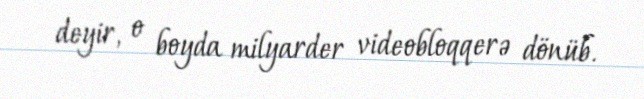
deyir, o boyda milyarder videobloqqerə dönüb.